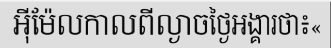
អ៊ីម៉ែលកាលពីល្ងាចថ្ងៃអង្គារថា៖«